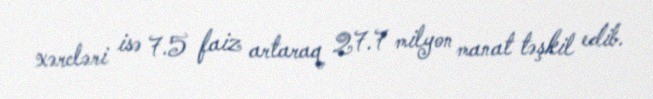
xərcləri isə 7.5 faiz artaraq 27.7 milyon manat təşkil edib.